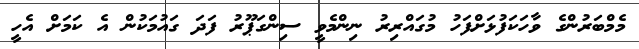
މެމްބަރުންގެ ވާހަކަފުޅަށްފަހު މުގައްރިރު ނިންމެވީ ސިންގަޕޫރު ފަދަ ގައުމަކުން އެ ކަމަށް އެހީ